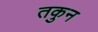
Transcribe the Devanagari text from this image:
तकुन